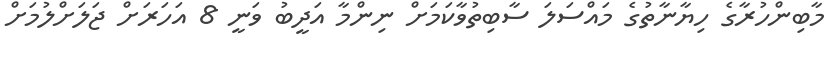
މާބިންހުރާގެ ހިޔާނާތުގެ މައްސަލަ ސާބިތުވާކަމަށް ނިންމާ އަދީބު ވަނީ 8 އަހަރަށް ޖަލަށްލުމަށް